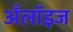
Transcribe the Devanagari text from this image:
अँलॉइज